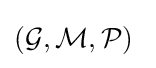
({\mathcal {G}},{\mathcal {M}},{\mathcal {P}})\